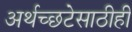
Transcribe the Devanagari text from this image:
अर्थच्छटेसाठीही